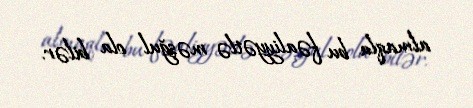
almaqla bu fəaliyyətlə məşğul ola bilər.